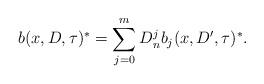
LaTeX: \begin{align*} b(x,D,\tau)^\ast = \sum_{j=0}^m D_n^j b_j (x,D',\tau)^\ast. \end{align*}